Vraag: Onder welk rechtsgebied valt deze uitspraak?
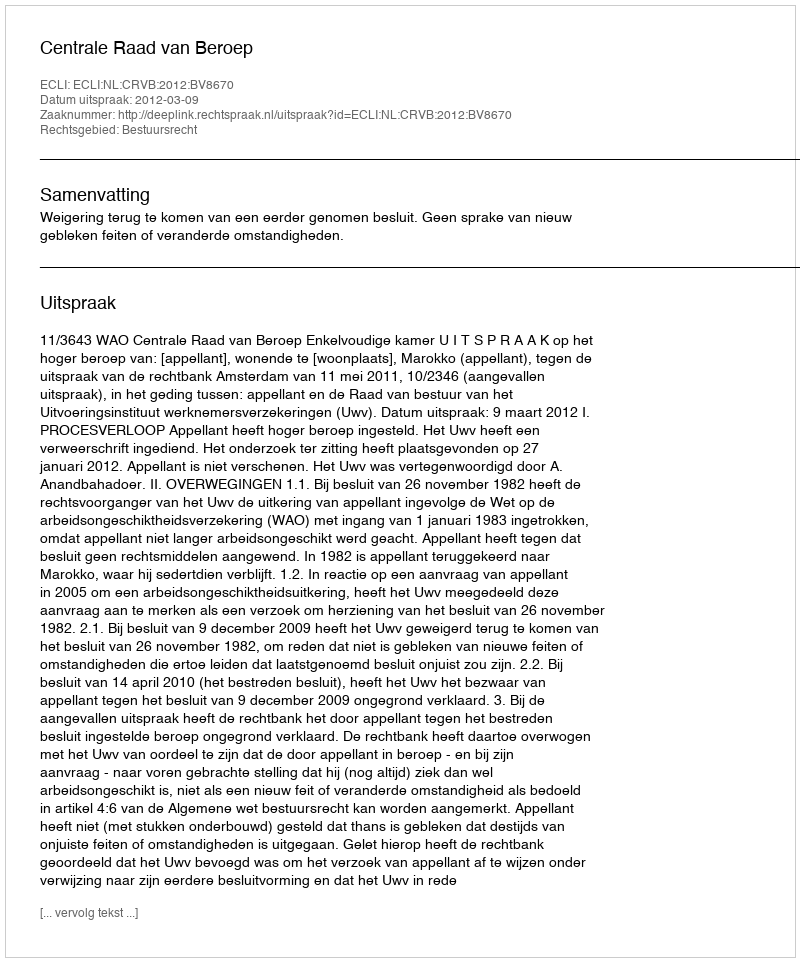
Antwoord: Bestuursrecht